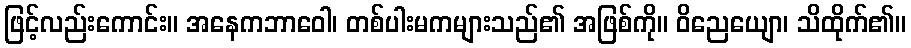
ဖြင့်လည်းကောင်း။ အနေကဘာဝေါ၊ တစ်ပါးမကများသည်၏ အဖြစ်ကို။ ဝိညေယျော၊ သိထိုက်၏။